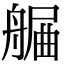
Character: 𦩯